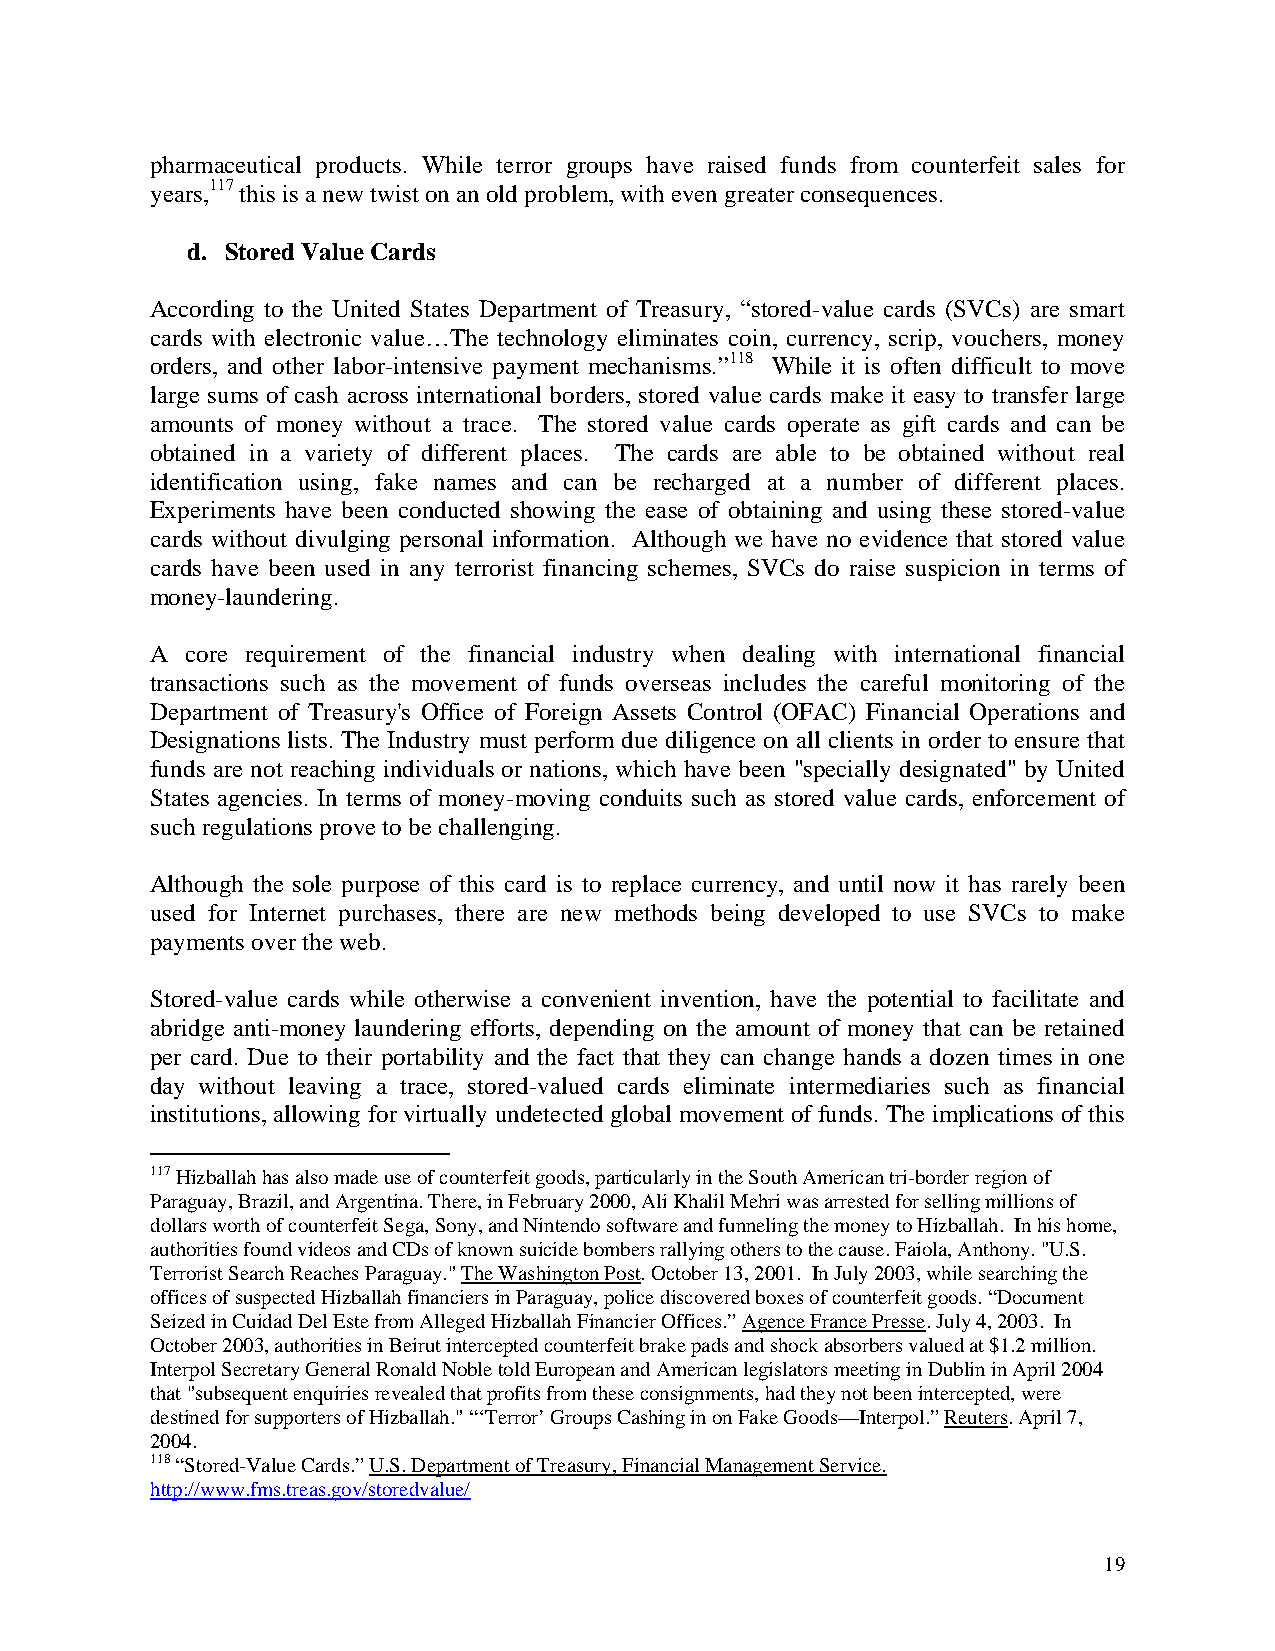
pharmaceutical products. While terror groups have raised funds from counterfeit sales for
 years,117 this is a new twist on an old problem, with even greater consequences.
 d. Stored Value Cards
 According to the United States Department of Treasury, “stored-value cards (SVCs) are smart
 cards with electronic value…The technology eliminates coin, currency, scrip, vouchers, money
 orders, and other labor-intensive payment mechanisms.”118 While it is often difficult to move
 large sums of cash across international borders, stored value cards make it easy to transfer large
 amounts of money without a trace. The stored value cards operate as gift cards and can be
 obtained in a variety of different places. The cards are able to be obtained without real
 identification using, fake names and can be recharged at a number of different places.
 Experiments have been conducted showing the ease of obtaining and using these stored-value
 cards without divulging personal information. Although we have no evidence that stored value
 cards have been used in any terrorist financing schemes, SVCs do raise suspicion in terms of
 money-laundering.
 A core requirement of the financial industry when dealing with international financial
 transactions such as the movement of funds overseas includes the careful monitoring of the
 Department of Treasury's Office of Foreign Assets Control (OFAC) Financial Operations and
 Designations lists. The Industry must perform due diligence on all clients in order to ensure that
 funds are not reaching individuals or nations, which have been "specially designated" by United
 States agencies. In terms of money-moving conduits such as stored value cards, enforcement of
 such regulations prove to be challenging.
 Although the sole purpose of this card is to replace currency, and until now it has rarely been
 used for Internet purchases, there are new methods being developed to use SVCs to make
 payments over the web.
 Stored-value cards while otherwise a convenient invention, have the potential to facilitate and
 abridge anti-money laundering efforts, depending on the amount of money that can be retained
 per card. Due to their portability and the fact that they can change hands a dozen times in one
 day without leaving a trace, stored-valued cards eliminate intermediaries such as financial
 institutions, allowing for virtually undetected global movement of funds. The implications of this
 117 Hizballah has also made use of counterfeit goods, particularly in the South American tri-border region of
 Paraguay, Brazil, and Argentina. There, in February 2000, Ali Khalil Mehri was arrested for selling millions of
 dollars worth of counterfeit Sega, Sony, and Nintendo software and funneling the money to Hizballah. In his home,
 authorities found videos and CDs of known suicide bombers rallying others to the cause. Faiola, Anthony. "U.S.
 Terrorist Search Reaches Paraguay." The Washington Post. October 13, 2001. In July 2003, while searching the
 offices of suspected Hizballah financiers in Paraguay, police discovered boxes of counterfeit goods. “Document
 Seized in Cuidad Del Este from Alleged Hizballah Financier Offices.” Agence France Presse. July 4, 2003. In
 October 2003, authorities in Beirut intercepted counterfeit brake pads and shock absorbers valued at $1.2 million.
 Interpol Secretary General Ronald Noble told European and American legislators meeting in Dublin in April 2004
 that "subsequent enquiries revealed that profits from these consignments, had they not been intercepted, were
 destined for supporters of Hizballah." “‘Terror’ Groups Cashing in on Fake Goods—Interpol.” Reuters. April 7,
 2004.
 118 “Stored-Value Cards.” U.S. Department of Treasury, Financial Management Service.
 http://www.fms.treas.gov/storedvalue/
 19